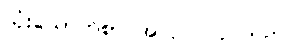
သုံးယောက်စာ အလုပ် လုပ်သည်။